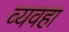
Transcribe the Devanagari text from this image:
व्यवहा